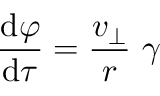
{ \frac { \mathrm { { d } } \varphi } { \mathrm { { d } } \tau } } = { \frac { v _ { \perp } } { r } } \ \gamma